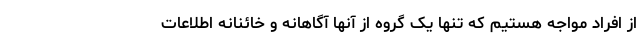
از افراد مواجه هستیم که تنها یک گروه از آنها آگاهانه و خائنانه اطلاعات